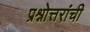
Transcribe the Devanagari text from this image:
प्रश्नोत्तरांची